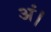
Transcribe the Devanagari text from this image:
अं।